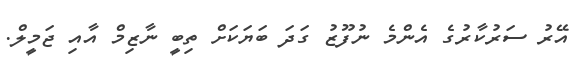
އޭރު ސަރުކާރުގެ އެންމެ ނުފޫޒު ގަދަ ބަޔަކަށް ތިބީ ނާޒިމް އާއި ޖަމީލް.